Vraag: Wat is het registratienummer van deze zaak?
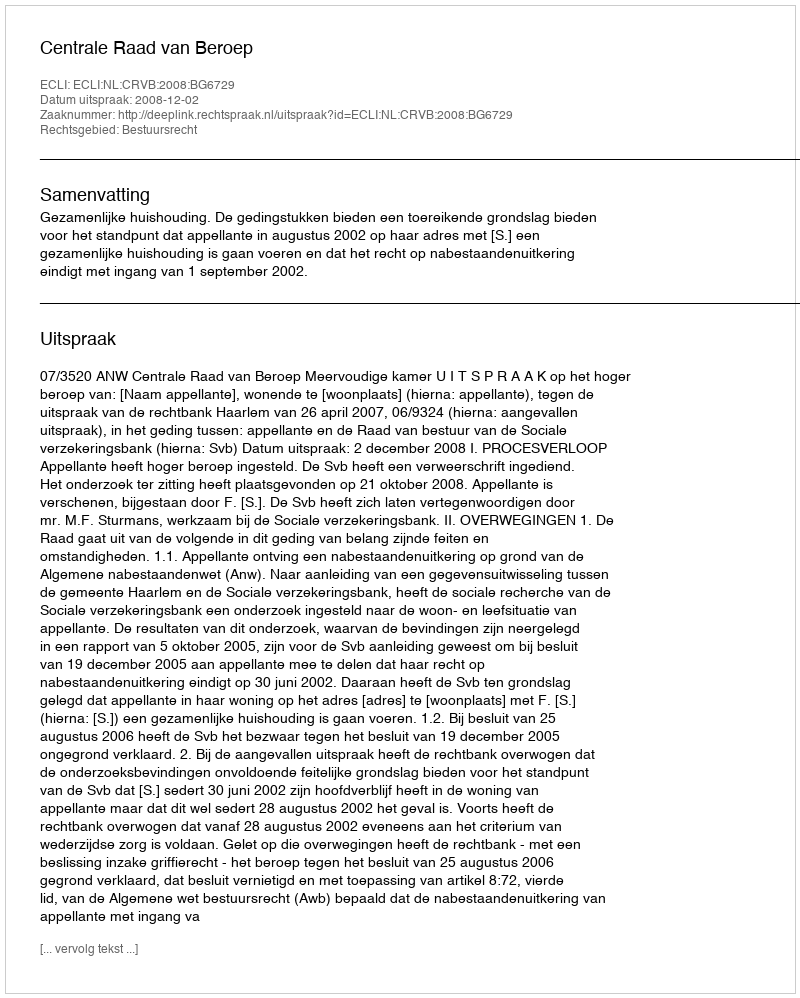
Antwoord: http://deeplink.rechtspraak.nl/uitspraak?id=ECLI:NL:CRVB:2008:BG6729